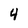
Character: 4